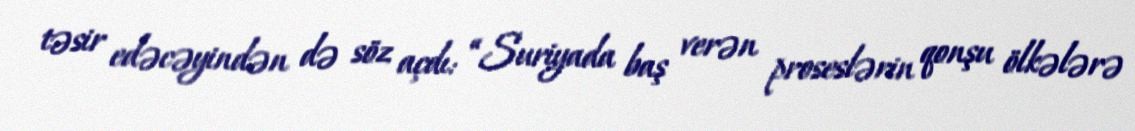
təsir edəcəyindən də söz açdı: “Suriyada baş verən proseslərin qonşu ölkələrə